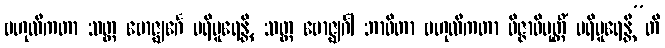
ဗဟုလီကတာ သတ္တ ဗောဇ္ဈင်္ဂေ ပရိပူရေန္တိ, သတ္တ ဗောဇ္ဈင်္ဂါ ဘာဝိတာ ဗဟုလီကတာ ဝိဇ္ဇာဝိမုတ္တိံ ပရိပူရေန္တီ”တိ